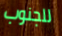
للجنوب